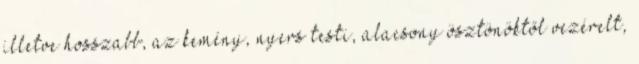
illetve hosszabb, az kemény, nyers testi, alacsony ösztönöktől vezérelt,